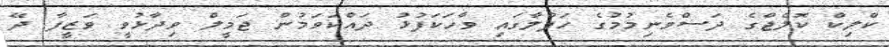
ކްލިކް ކޮލެޖްގެ ދަސްވެނިމުމުގެ ހަފްލާގައި ވާހަކަފުޅު ދައްކަވަމުން ޖަމީލް ވިދާޅުވީ ވަޒީފާ ދޭ